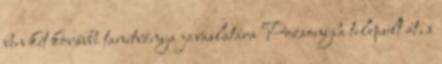
ben két korábbi tanítványa javaslatára Pozsonyba települt át, s